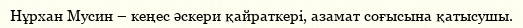
Нұрхан Мусин – кеңес әскери қайраткері, азамат соғысына қатысушы.